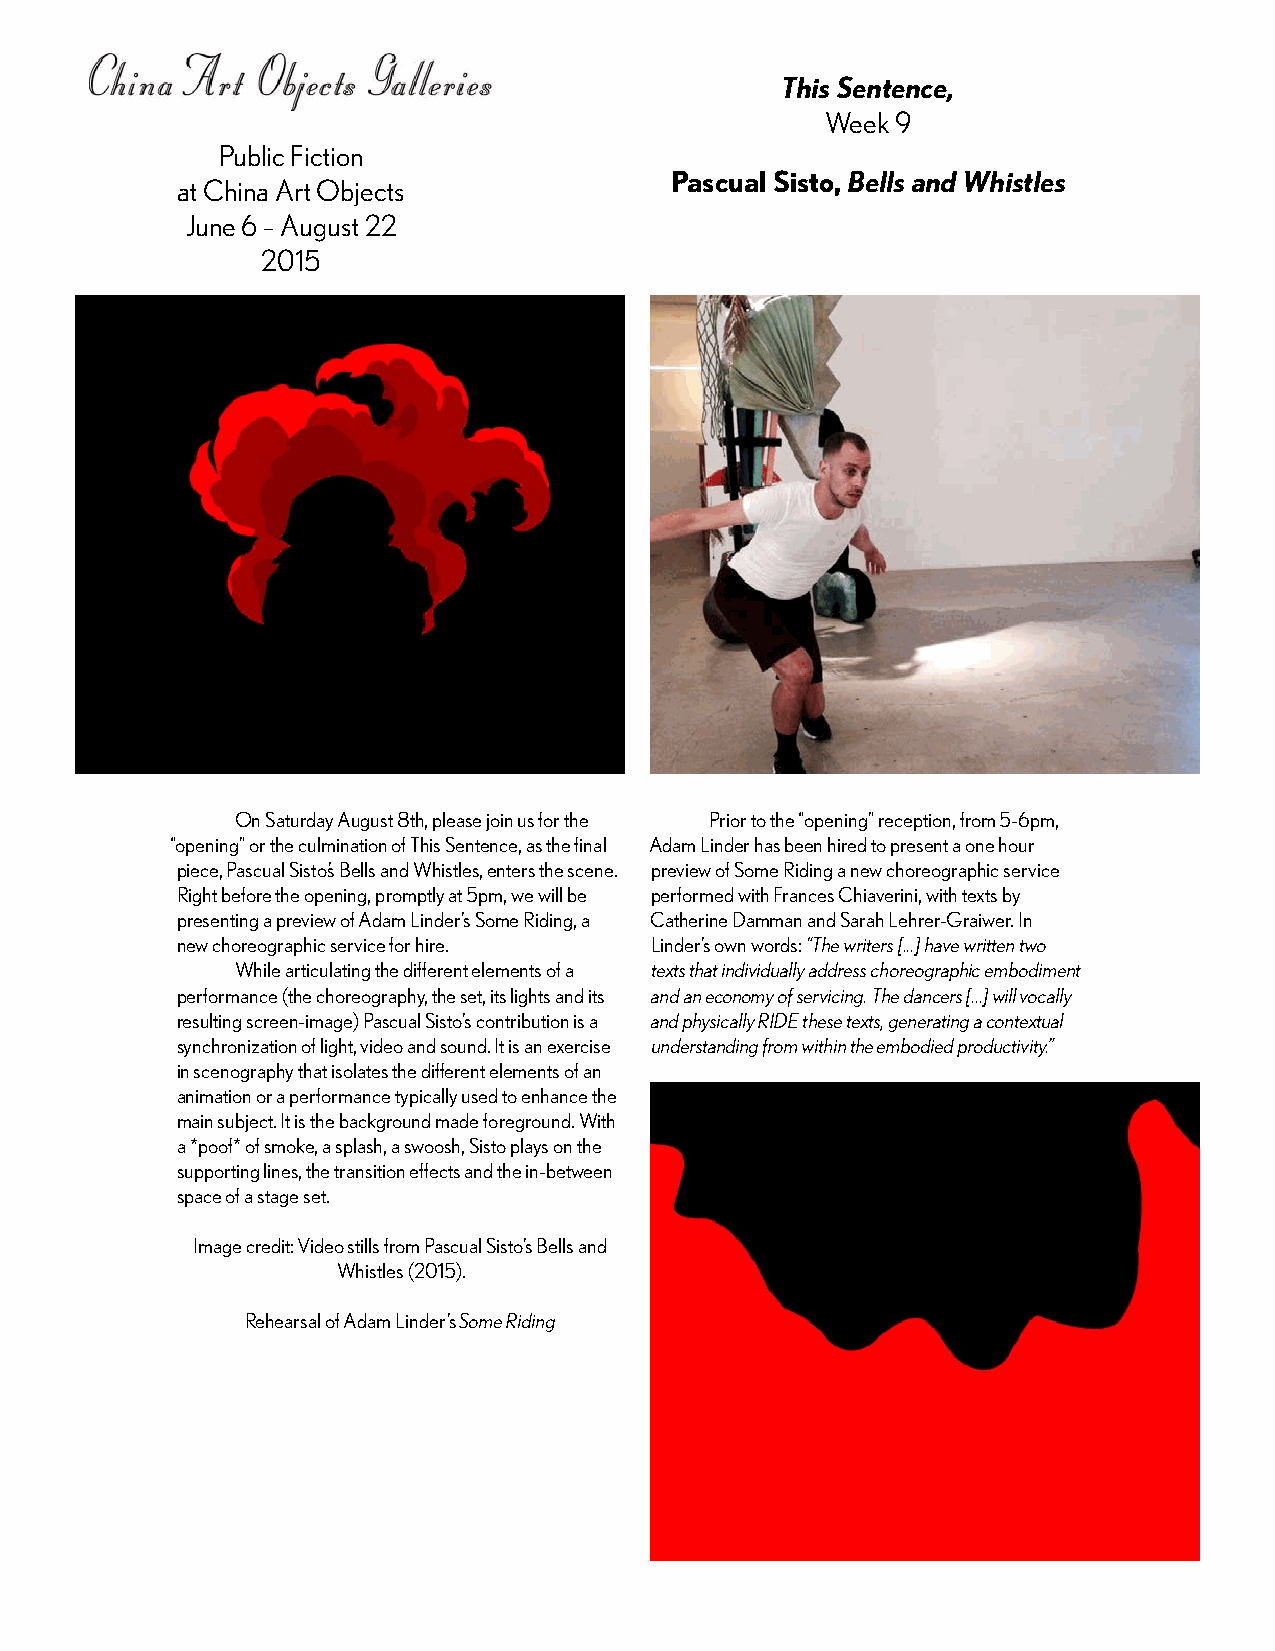
This Sentence,
 Week 9
 Public Fiction
 Pascual Sisto, Bells and Whistles
 at China Art Objects
 June 6 – August 22
 2015
 On Saturday August 8th, please join us for the Prior to the “opening” reception, from 5-6pm,
 “opening” or the culmination of This Sentence, as the final Adam Linder has been hired to present a one hour
 piece, Pascual Sisto’s Bells and Whistles, enters the scene. preview of Some Riding a new choreographic service
 Right before the opening, promptly at 5pm, we will be performed with Frances Chiaverini, with texts by
 presenting a preview of Adam Linder’s Some Riding, a Catherine Damman and Sarah Lehrer-Graiwer. In
 new choreographic service for hire. Linder’s own words: “The writers [...] have written two
 While articulating the different elements of a texts that individually address choreographic embodiment
 performance (the choreography, the set, its lights and its and an economy of servicing. The dancers [...] will vocally
 resulting screen-image) Pascual Sisto’s contribution is a and physically RIDE these texts, generating a contextual
 synchronization of light, video and sound. It is an exercise understanding from within the embodied productivity.”
 in scenography that isolates the different elements of an
 animation or a performance typically used to enhance the
 main subject. It is the background made foreground. With
 a *poof* of smoke, a splash, a swoosh, Sisto plays on the
 supporting lines, the transition effects and the in-between
 space of a stage set.
 Image credit: Video stills from Pascual Sisto’s Bells and
 Whistles (2015).
 Rehearsal of Adam Linder’s Some Riding